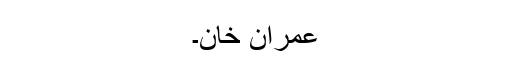
عمران خان۔